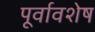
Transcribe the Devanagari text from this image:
पूर्वावशेष